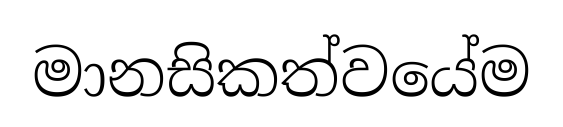
මානසිකත්වයේම